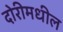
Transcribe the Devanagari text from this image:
दोरीमधील